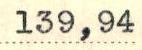
139,94